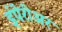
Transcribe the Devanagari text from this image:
इंपेरीअर